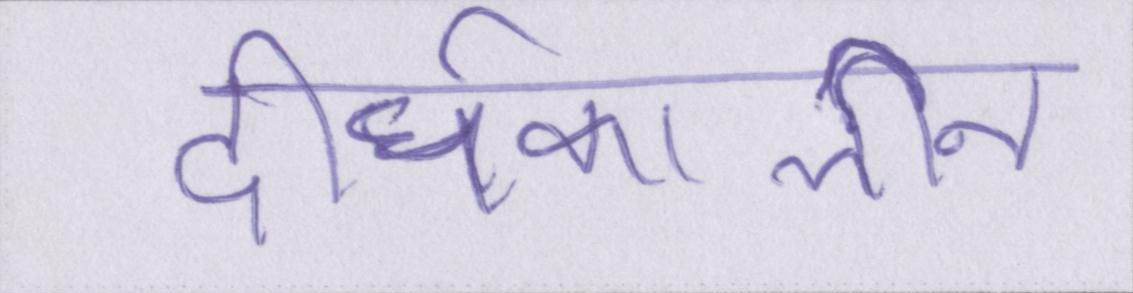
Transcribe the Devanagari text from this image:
दीर्घकालीन